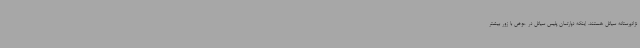
نژادپرستانه سیاتل هستند. اینکه دپارتمان پلیس سیاتل در عوض با زور بیشتر